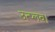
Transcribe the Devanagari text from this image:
उत्प्लव।